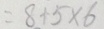
= 8 + 5 \times 6